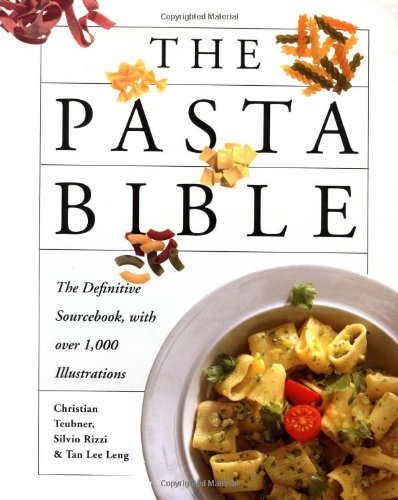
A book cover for The Pasta Bible; Silvio Rizzi; Cookbooks, Food & Wine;